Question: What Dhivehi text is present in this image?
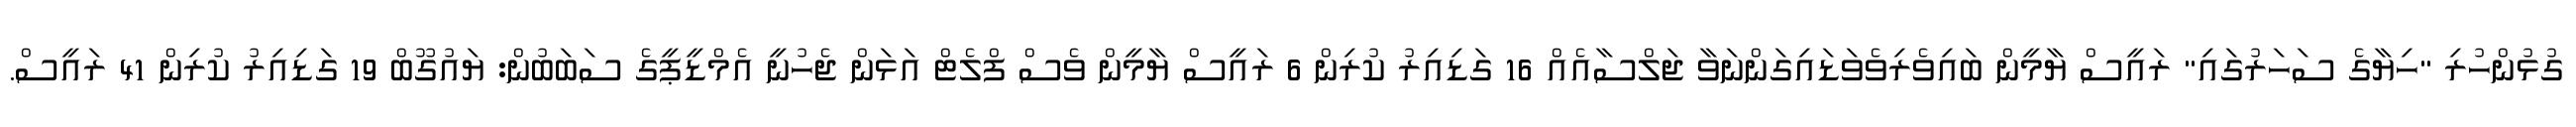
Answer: ގުޅުންހުރި "ހިޔާގެ ސަހަރުގައި" ރައީސް ޔާމީން ބައިވެރިވެވަޑައިގަންނަވާ ޖަލްސާއެއް 16 ގަޑިއިރު ކުރިން 6 ރައީސް ޔާމީން ވެސް ފްލެޓް އަޅަން ޖެހުނީ އެމްޑީޕީގެ ސަބަބުން: ޔައުގޫބް 19 ގަޑިއިރު ކުރިން 41 ރައީސް.